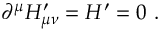
\partial ^ { \mu } H _ { \mu \nu } ^ { \prime } = H ^ { \prime } = 0 ~ .